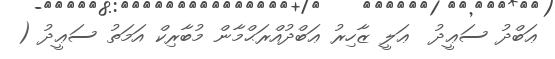
ޢަބްދު ސަޢީދު  ޢަލީ ޒާހިރު ޢަބްދުއްރަޙްމާން މުބާރިކް އަމަތު ސަޢީދު (